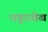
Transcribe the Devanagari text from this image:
धतुराशेख